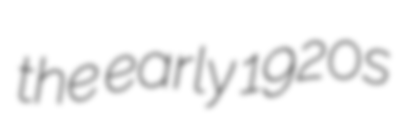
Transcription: the early 1920s